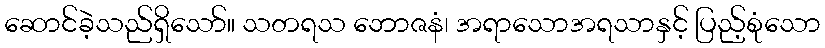
ဆောင်ခဲ့သည်ရှိသော်။ သတရသ ဘောဇနံ၊ အရာသောအရသာနှင့် ပြည့်စုံသော